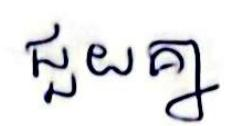
ជួយគ្នា